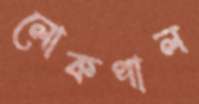
লোকপাল